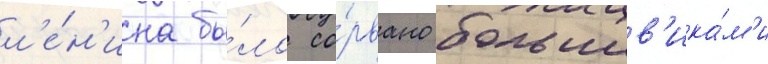
л'е́н'ина бы́ло со́рвано большев'ика́м'и